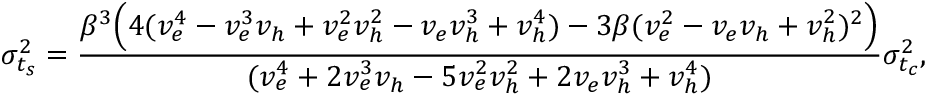
\sigma _ { t _ { s } } ^ { 2 } = \frac { \beta ^ { 3 } \Big ( 4 ( v _ { e } ^ { 4 } - v _ { e } ^ { 3 } v _ { h } + v _ { e } ^ { 2 } v _ { h } ^ { 2 } - v _ { e } v _ { h } ^ { 3 } + v _ { h } ^ { 4 } ) - 3 \beta ( v _ { e } ^ { 2 } - v _ { e } v _ { h } + v _ { h } ^ { 2 } ) ^ { 2 } \Big ) } { ( v _ { e } ^ { 4 } + 2 v _ { e } ^ { 3 } v _ { h } - 5 v _ { e } ^ { 2 } v _ { h } ^ { 2 } + 2 v _ { e } v _ { h } ^ { 3 } + v _ { h } ^ { 4 } ) } \sigma _ { t _ { c } } ^ { 2 } ,